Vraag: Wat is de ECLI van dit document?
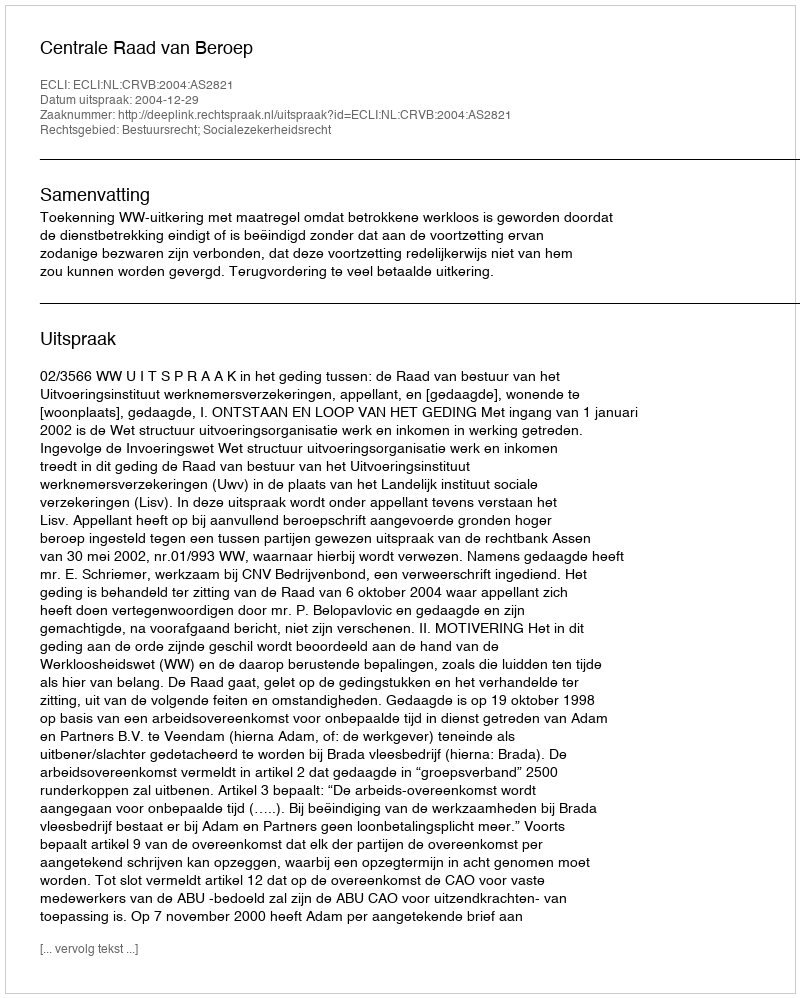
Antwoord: ECLI:NL:CRVB:2004:AS2821